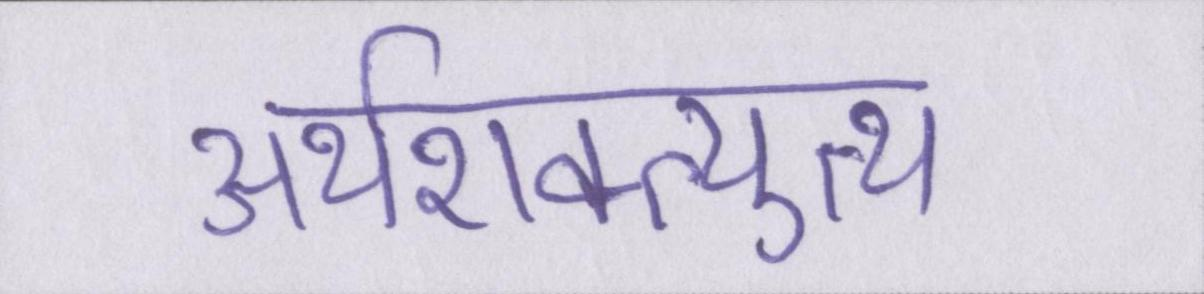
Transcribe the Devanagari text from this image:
अर्थशक्त्युत्थ